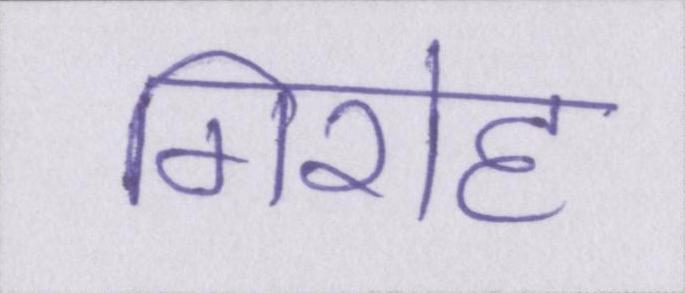
गिरोह